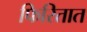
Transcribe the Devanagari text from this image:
फिरितात